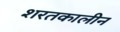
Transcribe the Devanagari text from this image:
शरतकालीन